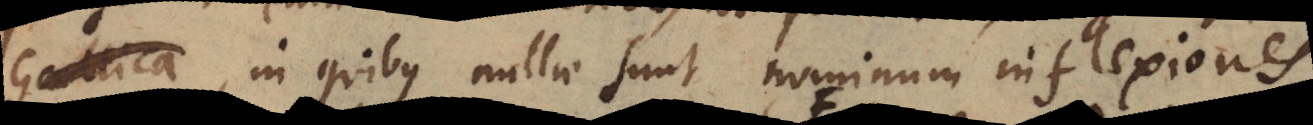
Gallica, in quibus nullae sunt nominum inflexiones